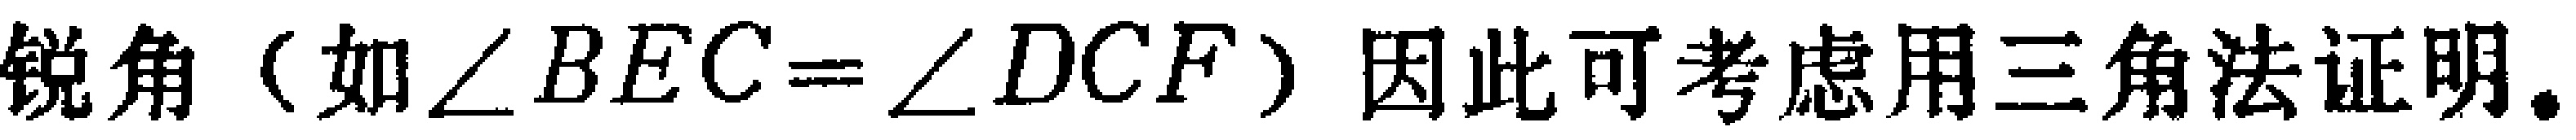
锐角（如$\angle BEC = \angle DCF$）因此可考虑用三角法证明。